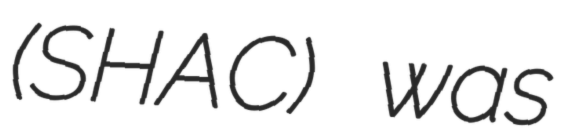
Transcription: (SHAC) was